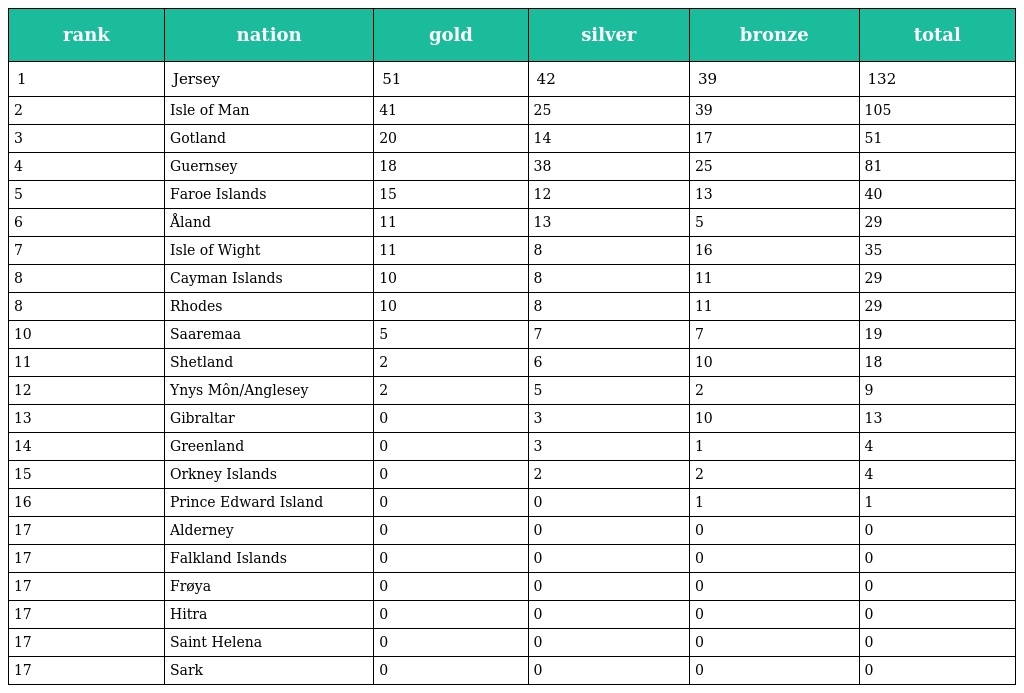
| rank | nation | gold | silver | bronze | total |
 | --- | --- | --- | --- | --- | --- |
 | 1 | Jersey | 51 | 42 | 39 | 132 |
 | 2 | Isle of Man | 41 | 25 | 39 | 105 |
 | 3 | Gotland | 20 | 14 | 17 | 51 |
 | 4 | Guernsey | 18 | 38 | 25 | 81 |
 | 5 | Faroe Islands | 15 | 12 | 13 | 40 |
 | 6 | Åland | 11 | 13 | 5 | 29 |
 | 7 | Isle of Wight | 11 | 8 | 16 | 35 |
 | 8 | Cayman Islands | 10 | 8 | 11 | 29 |
 | 8 | Rhodes | 10 | 8 | 11 | 29 |
 | 10 | Saaremaa | 5 | 7 | 7 | 19 |
 | 11 | Shetland | 2 | 6 | 10 | 18 |
 | 12 | Ynys Môn/Anglesey | 2 | 5 | 2 | 9 |
 | 13 | Gibraltar | 0 | 3 | 10 | 13 |
 | 14 | Greenland | 0 | 3 | 1 | 4 |
 | 15 | Orkney Islands | 0 | 2 | 2 | 4 |
 | 16 | Prince Edward Island | 0 | 0 | 1 | 1 |
 | 17 | Alderney | 0 | 0 | 0 | 0 |
 | 17 | Falkland Islands | 0 | 0 | 0 | 0 |
 | 17 | Frøya | 0 | 0 | 0 | 0 |
 | 17 | Hitra | 0 | 0 | 0 | 0 |
 | 17 | Saint Helena | 0 | 0 | 0 | 0 |
 | 17 | Sark | 0 | 0 | 0 | 0 |